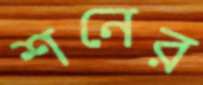
শনের